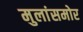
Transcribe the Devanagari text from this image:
मुलांसमोर